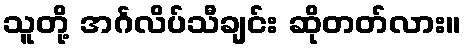
သူတို့ အင်္ဂလိပ်သီချင်း ဆိုတတ်လား။